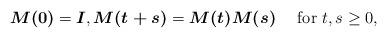
LaTeX: \begin{align*}\boldsymbol{M(0)}=\boldsymbol{I},\boldsymbol{M(t+s)}=\boldsymbol{M(t)}\boldsymbol{M(s)}\quad\mbox{ for }t,s\ge 0,\end{align*}